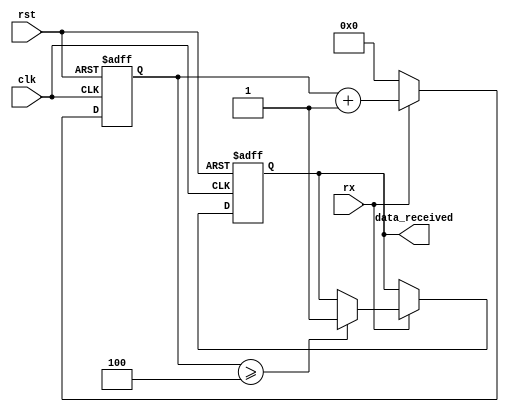
module UART_RX (
    input wire clk,                // Clock input
    input wire rst,                // Reset input
    input wire rx,                 // UART receive data input
    output reg data_received       // Data received output
);

    reg [3:0] detect_count = 4'd0;  // Counter for detecting multiple transitions

    always @(posedge clk or posedge rst) begin
        if (rst) begin
            data_received <= 0;    // Reset data_received on reset
            detect_count <= 0;     // Reset detect_count on reset
        end else begin
            if (rx) begin
                detect_count <= detect_count + 1; // Increment detect_count on rx
                if (detect_count >= 4'd4) begin   // Detect multiple transitions to confirm data receipt
                    data_received <= 1;         // Set data_received when data is confirmed
                end
            end else begin
                detect_count <= 0;     // Reset detect_count if rx is low
            end
        end
    end

endmodule

module GPS_Parser (
    input wire data_received,       // Data received signal
    input wire [7:0] gps_data,     // GPS data input
    output wire [15:0] latitude,   // Latitude output
    output wire [15:0] longitude   // Longitude output
);

    reg [7:0] gps_buffer [0:3];     // GPS data buffer
    reg [2:0] buffer_index = 3'b000; // Buffer index
    reg parsing = 1'b0;             // Parsing flag
    reg [7:0] latitude_h;            // Latitude high byte
    reg [7:0] latitude_l;            // Latitude low byte
    reg [7:0] longitude_h;           // Longitude high byte
    reg [7:0] longitude_l;           // Longitude low byte

    always @(posedge data_received) begin
        if (data_received) begin
            gps_buffer[buffer_index] <= gps_data;  // Store GPS data in the buffer
            if (buffer_index == 3'b011) begin      // Check if 4 bytes of data have been received
                parsing <= 1'b1;                   // Set parsing flag to indicate data parsing
            end
            buffer_index <= buffer_index + 1;      // Increment buffer index
        end
    end

    always @(posedge parsing) begin
        if (parsing) begin
            latitude_h <= gps_buffer[0];           // Extract latitude high byte
            latitude_l <= gps_buffer[1];           // Extract latitude low byte
            longitude_h <= gps_buffer[2];          // Extract longitude high byte
            longitude_l <= gps_buffer[3];          // Extract longitude low byte
        end
    end

    assign latitude = {latitude_h, latitude_l};     // Combine latitude high and low bytes
    assign longitude = {longitude_h, longitude_l};   // Combine longitude high and low bytes

endmodule

module LED_Display (
    input wire data_received,        // Data received signal
    input wire [7:0] gps_data,      // GPS data input
    output wire [7:0] leds          // LED data output
);

    assign leds = data_received ? gps_data : 8'b00000000;  // Display GPS data on LEDs when data is received, otherwise all zeros

endmodule

module TOP_MODULE (
    input wire clk,                  // Clock input
    input wire rst,                  // Reset input
    input wire rx,                   // UART receive data input
    input wire [7:0] gps_data,       // GPS data input
    output wire [7:0] leds,          // LED data output
    output wire [15:0] latitude,     // Latitude output
    output wire [15:0] longitude    // Longitude output
);

    wire data_received;              // Data received signal

    UART_RX uart_rx (
        .clk(clk),
        .rst(rst),
        .rx(rx),
        .data_received(data_received)  // Connect UART_RX module
    );

    GPS_Parser gps_parser (
        .data_received(data_received),
        .gps_data(gps_data),
        .latitude(latitude),
        .longitude(longitude)          // Connect GPS_Parser module
    );

    LED_Display led_display (
        .data_received(data_received),
        .gps_data(gps_data),
        .leds(leds)                    // Connect LED_Display module
    );

endmodule